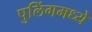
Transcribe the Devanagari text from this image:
पुलिंगमध्ये